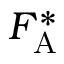
F _ { \mathrm { A } } ^ { * }